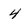
Character: 4